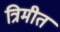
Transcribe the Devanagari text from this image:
त्रिमीत